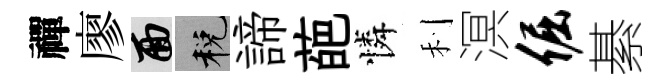
禪廖面税諦葩憐利溟倔綦